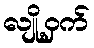
လျို့ဝှက်